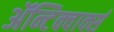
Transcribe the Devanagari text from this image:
ॲन्टिक्वार्क्स